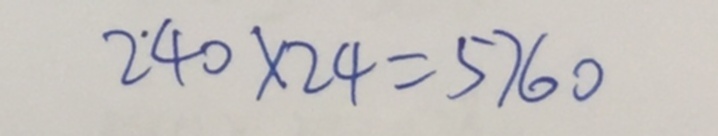
2 4 0 \times 2 4 = 5 7 6 0